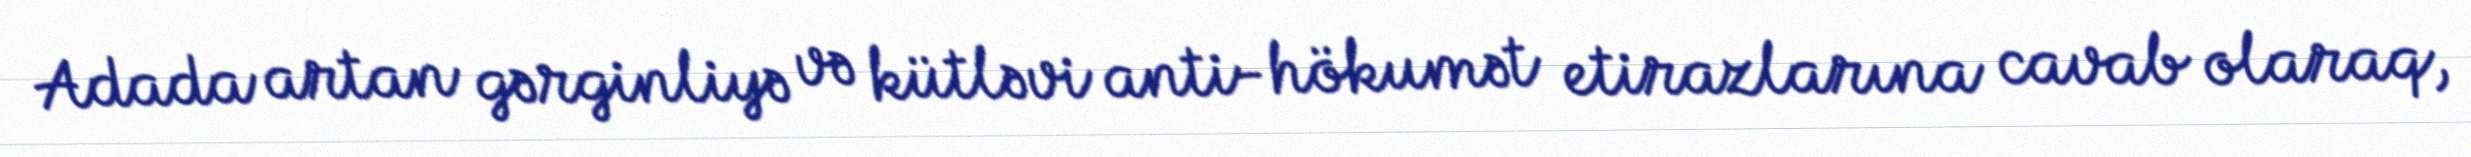
Adada artan gərginliyə və kütləvi anti-hökumət etirazlarına cavab olaraq,